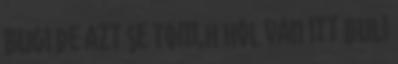
Bugi de azt se tom,h hol van itt buli